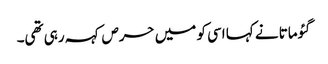
گئوماتا نے کہا اسی کو میں حرص کہہ رہی تھی۔